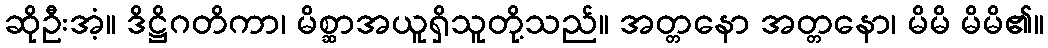
ဆိုဦးအံ့။ ဒိဋ္ဌိဂတိကာ၊ မိစ္ဆာအယူရှိသူတို့သည်။ အတ္တနော အတ္တနော၊ မိမိ မိမိ၏။